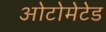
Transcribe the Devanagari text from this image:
ओटोमेटेड